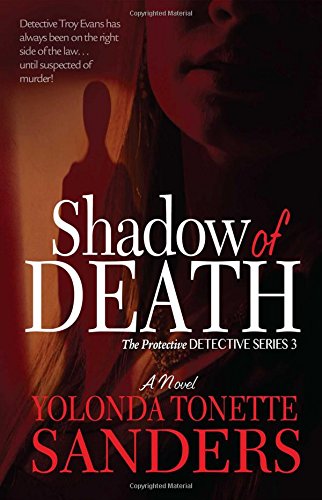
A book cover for Shadow of Death (Protective Detective); Yolonda Tonette Sanders; Mystery, Thriller & Suspense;